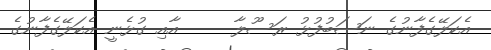
އެކަލޭގެފާނުގެ ނަޞަބުފުޅު ރަސޫލާ     އާއި ގުޅެނީ އެކަލޭގެފާނުގެ